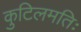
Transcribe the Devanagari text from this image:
कुटिलमतिः